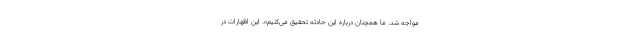
مواجه شد. ما همچنان درباره این حادثه تحقیق می‌کنیم». این اظهارات در